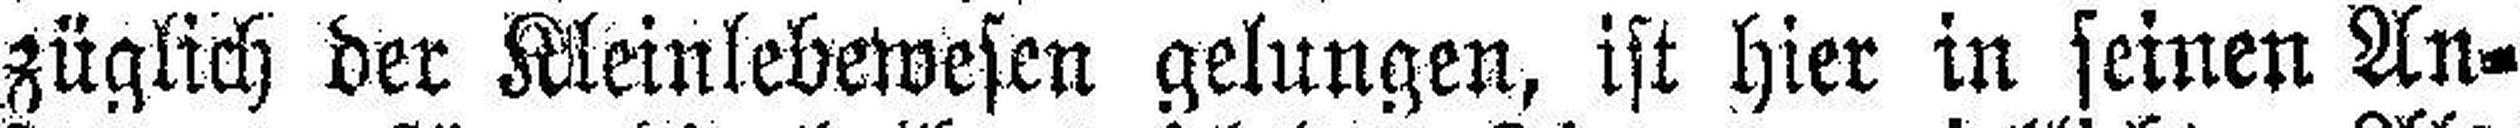
züglich der Kleinlebewesen gelungen, ist hier in seinen An¬